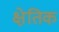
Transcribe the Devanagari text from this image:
क्षेतिक